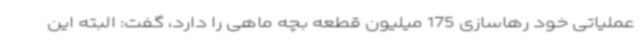
عملیاتی خود رهاسازی 175 میلیون قطعه بچه ماهی را دارد، گفت: البته این